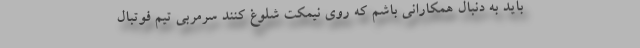
باید به دنبال همکارانی باشم که روی نیمکت شلوغ کنند سرمربی تیم فوتبال